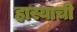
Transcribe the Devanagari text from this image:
हास्याची